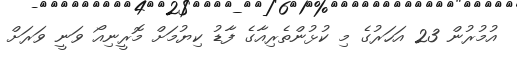
އުމުރުން 23 އަހަރުގެ މި ކުޅުންތެރިއާގެ ފާޑު ކިޔުމަށް މޮރީނިއޯ ވަނީ ވަރަށް